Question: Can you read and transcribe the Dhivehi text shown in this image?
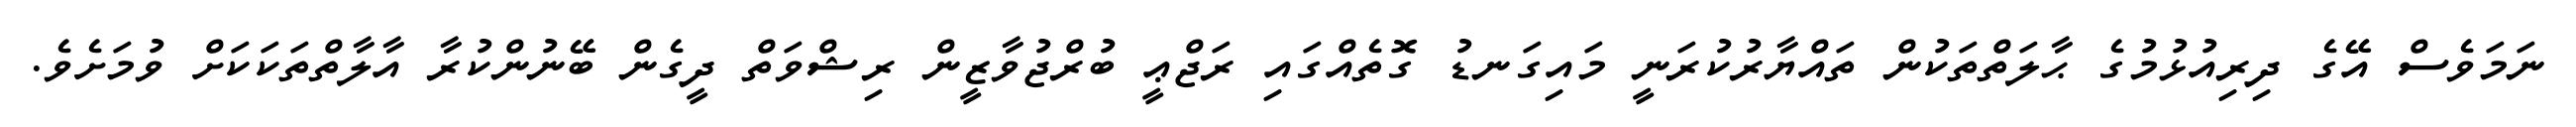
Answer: ނަމަވެސް އޭގެ ދިރިއުޅުމުގެ ޙާލަތްތަކުން ތައްޔާރުކުރަނީ މައިގަނޑު ގޮތެއްގައި ރަޖްޢީ ބުރްޖުވާޒީން ރިޝްވަތް ދީގެން ބޭނުންކުރާ އާލާތްތަކަކަށް ވުމަށެވެ.